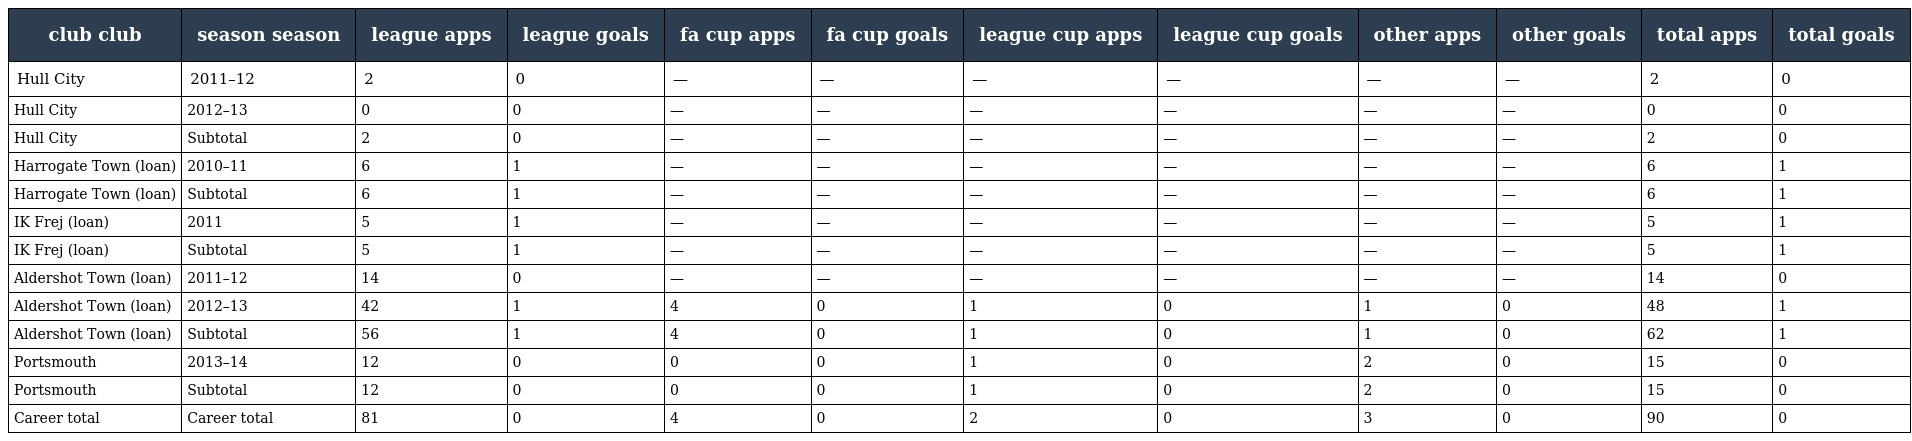
| club club | season season | league apps | league goals | fa cup apps | fa cup goals | league cup apps | league cup goals | other apps | other goals | total apps | total goals |
 | --- | --- | --- | --- | --- | --- | --- | --- | --- | --- | --- | --- |
 | Hull City | 2011–12 | 2 | 0 | — | — | — | — | — | — | 2 | 0 |
 | Hull City | 2012–13 | 0 | 0 | — | — | — | — | — | — | 0 | 0 |
 | Hull City | Subtotal | 2 | 0 | — | — | — | — | — | — | 2 | 0 |
 | Harrogate Town (loan) | 2010–11 | 6 | 1 | — | — | — | — | — | — | 6 | 1 |
 | Harrogate Town (loan) | Subtotal | 6 | 1 | — | — | — | — | — | — | 6 | 1 |
 | IK Frej (loan) | 2011 | 5 | 1 | — | — | — | — | — | — | 5 | 1 |
 | IK Frej (loan) | Subtotal | 5 | 1 | — | — | — | — | — | — | 5 | 1 |
 | Aldershot Town (loan) | 2011–12 | 14 | 0 | — | — | — | — | — | — | 14 | 0 |
 | Aldershot Town (loan) | 2012–13 | 42 | 1 | 4 | 0 | 1 | 0 | 1 | 0 | 48 | 1 |
 | Aldershot Town (loan) | Subtotal | 56 | 1 | 4 | 0 | 1 | 0 | 1 | 0 | 62 | 1 |
 | Portsmouth | 2013–14 | 12 | 0 | 0 | 0 | 1 | 0 | 2 | 0 | 15 | 0 |
 | Portsmouth | Subtotal | 12 | 0 | 0 | 0 | 1 | 0 | 2 | 0 | 15 | 0 |
 | Career total | Career total | 81 | 0 | 4 | 0 | 2 | 0 | 3 | 0 | 90 | 0 |